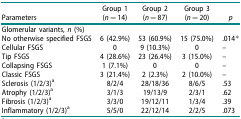
<table><thead><tr><td><b>Parameters</b></td><td><b>Group 1 (<i>n</i> = 14)</b></td><td><b>Group 2 (<i>n</i> = 87)</b></td><td><b>Group 3 (<i>n</i> = 20)</b></td><td><b><i>p</i></b></td></tr></thead><tbody><tr><td colspan="5">Glomerular variants, <i>n</i> (%)</td></tr><tr><td>No otherwise specified FSGS</td><td>6 (42.9%)</td><td>53 (60.9%)</td><td>15 (75.0%)</td><td>.014*</td></tr><tr><td>Cellular FSGS</td><td>0</td><td>9 (10.3%)</td><td>0</td><td>–</td></tr><tr><td>Tip FSGS</td><td>4 (28.6%)</td><td>23 (26.4%)</td><td>3 (15.0%)</td><td>–</td></tr><tr><td>Collapsing FSGS</td><td>1 (7.1%)</td><td>0</td><td>0</td><td>–</td></tr><tr><td>Classic FSGS</td><td>3 (21.4%)</td><td>2 (2.3%)</td><td>2 (10.0%)</td><td>–</td></tr><tr><td>Sclerosis (1/2/3)<sup>a</sup></td><td>8/2/4</td><td>28/18/36</td><td>8/6/5</td><td>.53</td></tr><tr><td>Atrophy (1/2/3)<sup>a</sup></td><td>3/1/3</td><td>19/13/9</td><td>2/3/1</td><td>.62</td></tr><tr><td>Fibrosis (1/2/3)<sup>a</sup></td><td>3/3/0</td><td>19/12/11</td><td>1/3/4</td><td>.39</td></tr><tr><td>Inflammatory (1/2/3)<sup>a</sup></td><td>5/5/0</td><td>22/12/14</td><td>2/2/5</td><td>.073</td></tr></tbody></table>